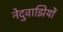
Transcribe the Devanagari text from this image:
नेदुवाझियों